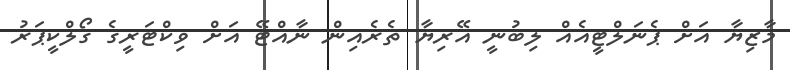
މާޒިޔާ އަށް ޕެނަލްޓީއެއް ލިބުނީ އޭރިޔާ ތެރެއިން ނާއްޓޭ އަށް ވިކްޓަރީގެ ގޯލްކީޕަރު